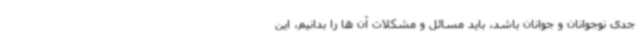
جدی نوجوانان و جوانان باشد، باید مسائل و مشکلات آن ها را بدانیم، این